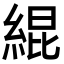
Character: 緄